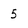
Character: 5